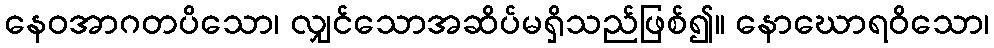
နေဝအာဂတပိသော၊ လျှင်သောအဆိပ်မရှိသည်ဖြစ်၍။ နောဃောရဝိသော၊